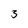
Character: 3